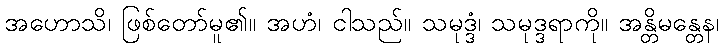
အဟောသိ၊ ဖြစ်တော်မူ၏။ အဟံ၊ ငါသည်။ သမုဒ္ဒံ၊ သမုဒ္ဒရာကို။ အန္တိမန္တေန၊